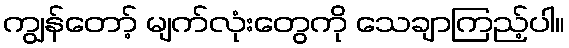
ကျွန်တော့် မျက်လုံးတွေကို သေချာကြည့်ပါ။